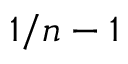
1 / n - 1